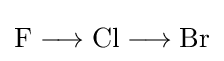
{\mathrm {F} {}\mathrel {\longrightarrow } {}\mathrm {Cl} {}\mathrel {\longrightarrow } {}\mathrm {Br} }